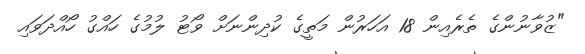
"ޒުވާނުންގެ ތެރެއިން 18 އަހަރުން މަތީގެ ކުދިންނަށް ވޯޓު ލުމުގެ ހައްގު ހޯއްދަވައި